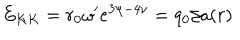
E _ { K K } = r _ { 0 } \omega ^ { \prime } e ^ { 3 \psi - 4 \nu } = q _ { 0 } / a ( r )